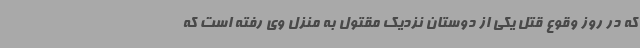
که در روز وقوع قتل یکی از دوستان نزدیک مقتول به منزل وی رفته است که